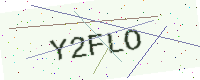
Text: Y2FLO